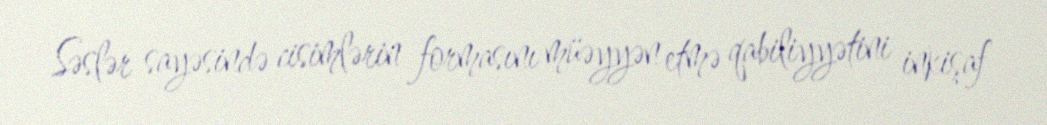
Səslər sayəsində cisimlərin formasını müəyyən etmə qabiliyyətini inkişaf